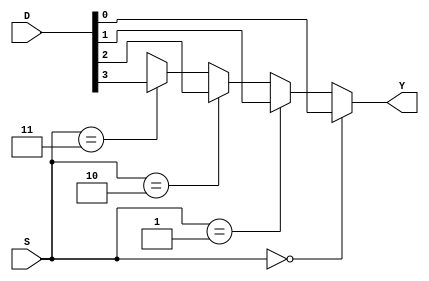
`timescale 1ns / 1ps
//////////////////////////////////////////////////////////////////////////////////
// Company: 
// Engineer: 
// 
// Design Name: 
// Module Name:    B140_better_assign_syntax 
// Project Name: 
// Target Devices: 
// Tool versions: 
// Description: 
//
// Dependencies: 
//
// Revision: 
// Revision 0.01 - File Created
// Additional Comments: 
//
//////////////////////////////////////////////////////////////////////////////////
module better_assign_syntax(
    input [1:0] S,
    input [3:0] D,
    output Y
    );

assign Y = (S == 2'b00) ? D[0] :				// looking at bits as vector ie easier to read
           (S == 2'b01) ? D[1] :
           (S == 2'b10) ? D[2] :
           (S == 2'b11) ? D[3] : 1'bx;


endmodule